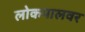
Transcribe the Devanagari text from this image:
लोकपालवर